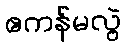
ဧကန်မလွဲ